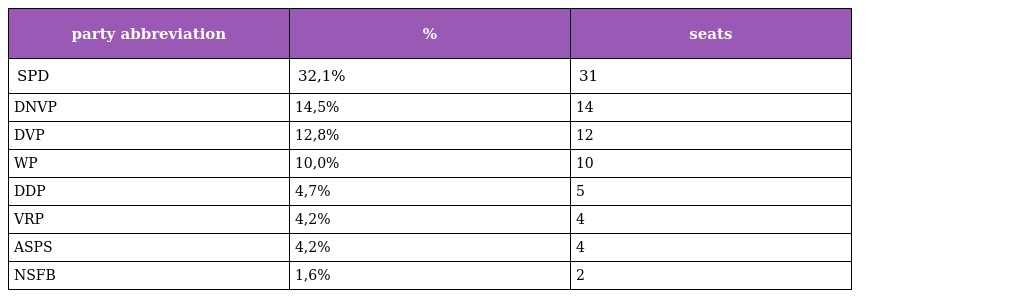
| party abbreviation | % | seats |
 | --- | --- | --- |
 | SPD | 32,1% | 31 |
 | DNVP | 14,5% | 14 |
 | DVP | 12,8% | 12 |
 | WP | 10,0% | 10 |
 | DDP | 4,7% | 5 |
 | VRP | 4,2% | 4 |
 | ASPS | 4,2% | 4 |
 | NSFB | 1,6% | 2 |